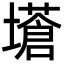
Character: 𡒝